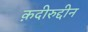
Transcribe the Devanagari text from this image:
क़दीरुद्दीन